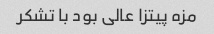
مزه پیتزا عالی بود با تشکر